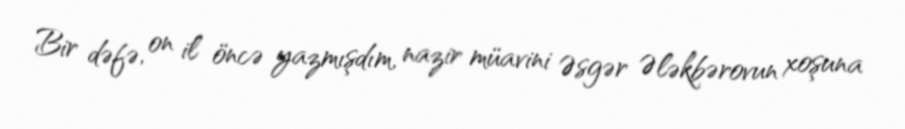
Bir dəfə, on il öncə yazmışdım, nazir müavini Əsgər Ələkbərovun xoşuna